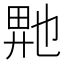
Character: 𬼮